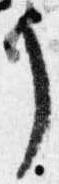
了